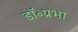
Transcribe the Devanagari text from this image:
डॉ॰प्रभा